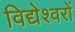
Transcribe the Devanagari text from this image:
विद्येश्वरों